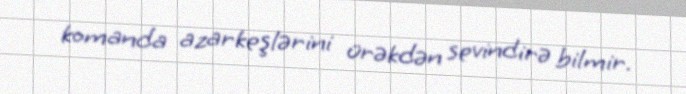
komanda azarkeşlərini ürəkdən sevindirə bilmir.